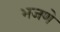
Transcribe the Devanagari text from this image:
भजणे